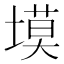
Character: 塻